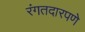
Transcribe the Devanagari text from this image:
रंगतदारपणे